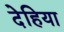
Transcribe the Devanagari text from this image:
देहिया